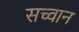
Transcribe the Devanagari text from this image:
सच्वान